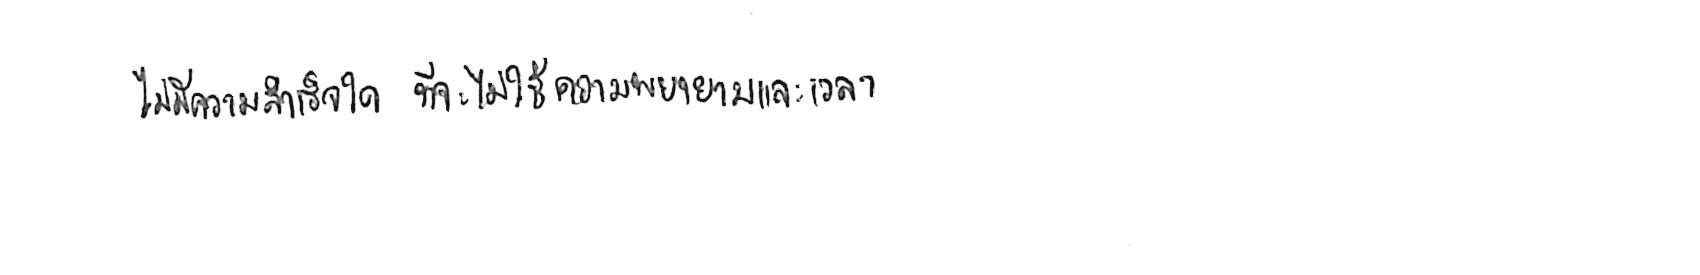
ไม่มีความสำเร็จใด ที่จะไม่ใช้ความพยายามและเวลา